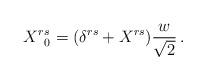
LaTeX: \begin{align*}X^{r}{}_{0}^{s}=(\delta ^{rs}+X^{rs})\frac{w}{\sqrt{2}}\,.\end{align*}